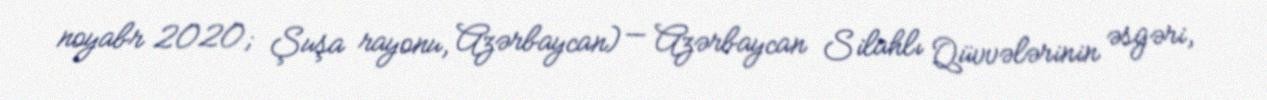
noyabr 2020; Şuşa rayonu, Azərbaycan) — Azərbaycan Silahlı Qüvvələrinin əsgəri,